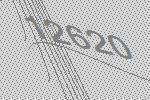
12620